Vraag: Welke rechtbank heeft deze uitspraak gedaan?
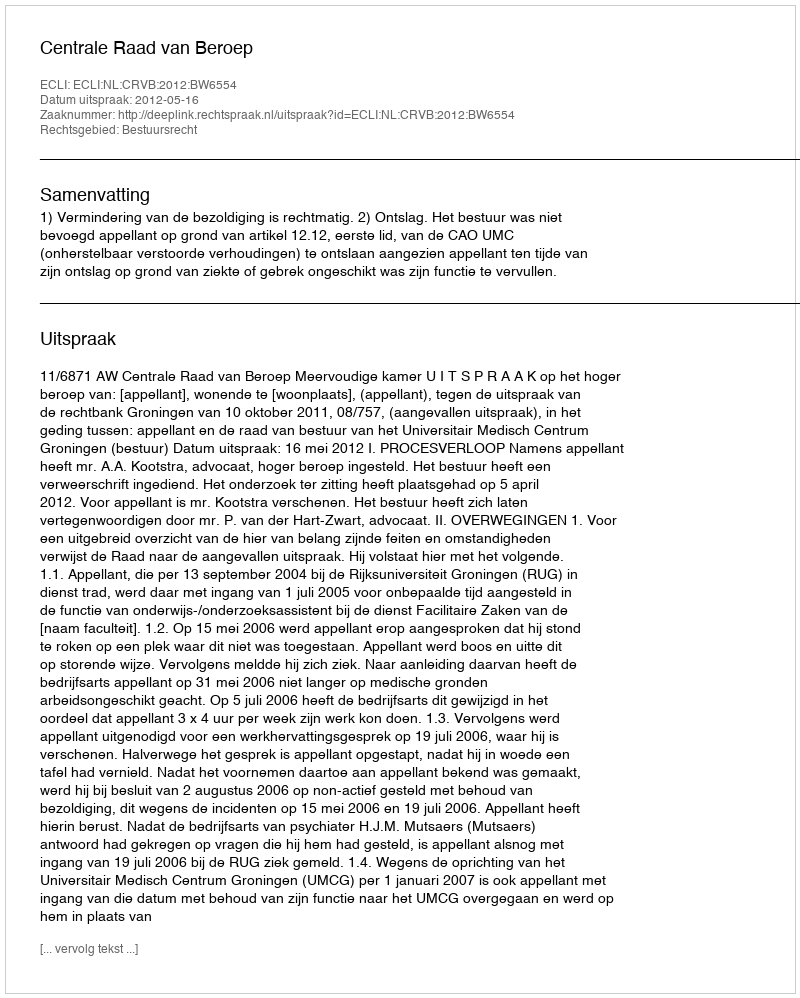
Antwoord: Centrale Raad van Beroep